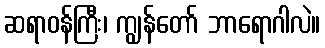
ဆရာဝန်ကြီး၊ ကျွန်တော် ဘာရောဂါလဲ။